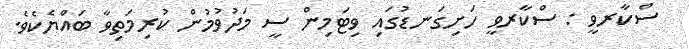
ސްކާރވީ : ސްކާރވީ ހަށިގަނޑުގައި ވިޓަމިން ސީ މަދުވުމުން ކުރިމަތިވާ ބައްޔެކެވެ.